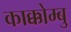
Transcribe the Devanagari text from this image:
काक्कोम्बु